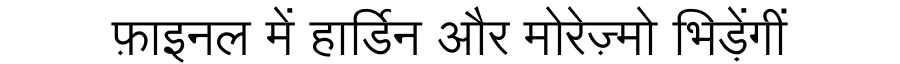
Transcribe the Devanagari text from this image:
फ़ाइनल में हार्डिन और मोरेज़्मो भिड़ेंगीं